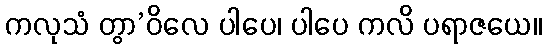
ကလုသံ တွာ’ဝိလေ ပါပေ၊ ပါပေ ကလိ ပရာဇယေ။